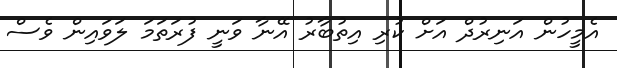
އެމީހުން އަނިރުދް އަށް ކުރި އިތުބާރު އޭނާ ވަނީ ފުރަތަމަ ލަވައިން ވެސް